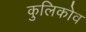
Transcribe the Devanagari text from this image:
कुलिकोव